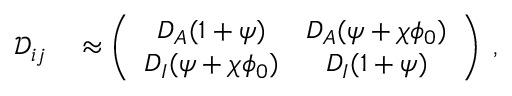
\begin{array} { r l } { \mathcal D _ { i j } } & { { } \approx \left( \begin{array} { c c } { D _ { A } ( 1 + \psi ) } & { D _ { A } ( \psi + \chi \phi _ { 0 } ) } \\ { D _ { I } ( \psi + \chi \phi _ { 0 } ) } & { D _ { I } ( 1 + \psi ) } \end{array} \right) \; , } \end{array}